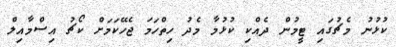
ކުޅުނު މެޗުގައި ޓީމުން ދެއްކި ކުޅުމާ މެދު ހިތްހަމަ ޖެހޭކަމަށް ކޯޗު އިސްމާއިލް